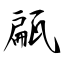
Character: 甂